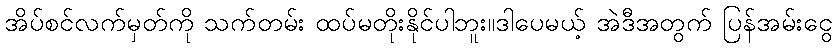
အိပ်စင်လက်မှတ်ကို သက်တမ်း ထပ်မတိုးနိုင်ပါဘူး။ဒါပေမယ့် အဲဒီအတွက် ပြန်အမ်းငွေ